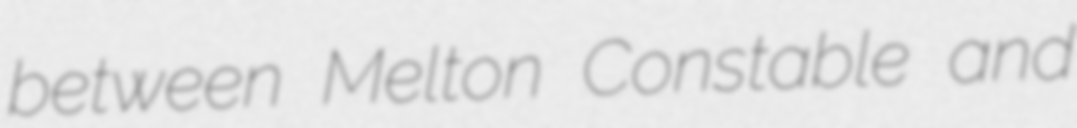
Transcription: between Melton Constable and